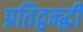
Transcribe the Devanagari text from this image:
प्रतिद्वन्द्धी